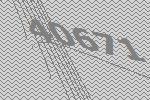
40671